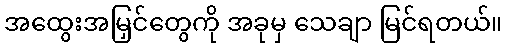
အထွေးအမြှင်တွေကို အခုမှ သေချာ မြင်ရတယ်။